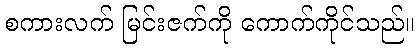
စကားလက် မြင်းဇက်ကို ကောက်ကိုင်သည်။